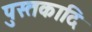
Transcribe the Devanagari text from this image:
पुस्तकादि